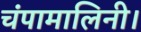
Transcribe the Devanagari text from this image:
चंपामालिनी।